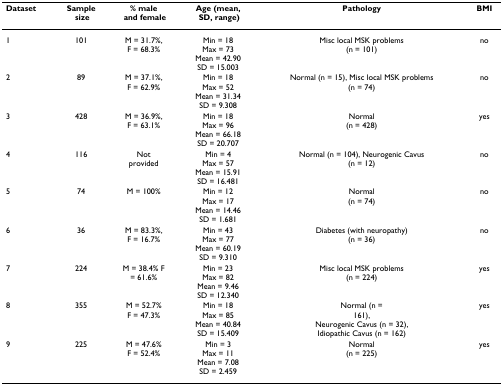
<table><thead><tr><td><b>Dataset</b></td><td><b>Sample size</b></td><td><b>% male and female</b></td><td><b>Age (mean, SD, range)</b></td><td><b>Pathology</b></td><td><b>BMI</b></td></tr></thead><tbody><tr><td>1</td><td>101</td><td>M = 31.7%, F = 68.3%</td><td>Min = 18Max = 73Mean = 42.90SD = 15.003</td><td>Misc local MSK problems (n = 101)</td><td>no</td></tr><tr><td>2</td><td>89</td><td>M = 37.1%, F = 62.9%</td><td>Min = 18Max = 52Mean = 31.34SD = 9.308</td><td>Normal (n = 15), Misc local MSK problems (n = 74)</td><td>no</td></tr><tr><td>3</td><td>428</td><td>M = 36.9%, F = 63.1%</td><td>Min = 18Max = 96Mean = 66.18SD = 20.707</td><td>Normal (n = 428)</td><td>yes</td></tr><tr><td>4</td><td>116</td><td>Not provided</td><td>Min = 4Max = 57Mean = 15.91SD = 16.481</td><td>Normal (n = 104), Neurogenic Cavus (n = 12)</td><td>no</td></tr><tr><td>5</td><td>74</td><td>M = 100%</td><td>Min = 12Max = 17Mean = 14.46SD = 1.681</td><td>Normal (n = 74)</td><td>no</td></tr><tr><td>6</td><td>36</td><td>M = 83.3%, F = 16.7%</td><td>Min = 43Max = 77Mean = 60.19SD = 9.310</td><td>Diabetes (with neuropathy) (n = 36)</td><td>no</td></tr><tr><td>7</td><td>224</td><td>M = 38.4% F = 61.6%</td><td>Min = 23Max = 82Mean = 9.46SD = 12.340</td><td>Misc local MSK problems (n = 224)</td><td>yes</td></tr><tr><td>8</td><td>355</td><td>M = 52.7% F = 47.3%</td><td>Min = 18Max = 85Mean = 40.84SD = 15.409</td><td>Normal (n = 161), Neurogenic Cavus (n =32), Idiopathic Cavus (n =162)</td><td>yes</td></tr><tr><td>9</td><td>225</td><td>M = 47.6% F = 52.4%</td><td>Min = 3Max = 11Mean = 7.08SD = 2.459</td><td>Normal (n = 225)</td><td>yes</td></tr></tbody></table>